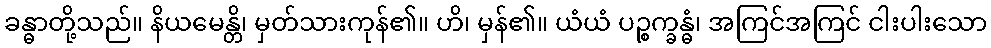
ခန္ဓာတို့သည်။ နိယမေန္တိ၊ မှတ်သားကုန်၏။ ဟိ၊ မှန်၏။ ယံယံ ပဉ္စက္ခန္ဓံ၊ အကြင်အကြင် ငါးပါးသော